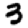
Digit: 3